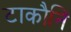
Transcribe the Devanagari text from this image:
टाकौनि